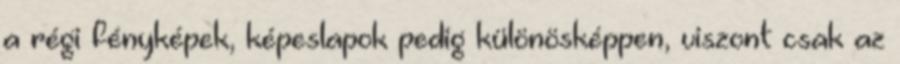
a régi fényképek, képeslapok pedig különösképpen, viszont csak az